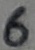
Text: 6